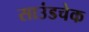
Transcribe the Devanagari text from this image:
साउंडचेक